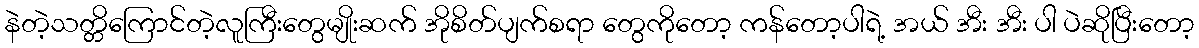
နဲတဲ့သတ္တိကြောင်တဲ့လူကြီးတွေမျိုးဆက် အိုစိတ်ပျက်စရာ တွေကိုတော့ ကန်တော့ပါရဲ့ အယ် အီး အီး ပါ ပဲဆိုပြီးတော့